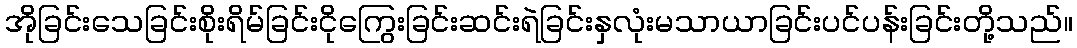
အိုခြင်းသေခြင်းစိုးရိမ်ခြင်းငိုကြွေးခြင်းဆင်းရဲခြင်းနှလုံးမသာယာခြင်းပင်ပန်းခြင်းတို့သည်။